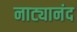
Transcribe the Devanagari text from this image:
नाट्यानंद